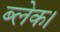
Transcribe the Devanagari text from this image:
ब्लेक।